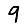
Digit: 9